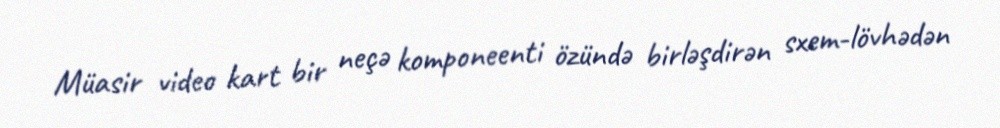
Müasir video kart bir neçə komponeenti özündə birləşdirən sxem-lövhədən